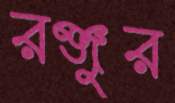
রঞ্জুর